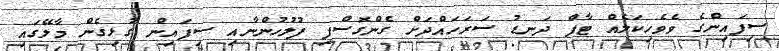
ސިފައިންގެ ވެވެހިކަލެއް ޓާފް ދަނޑު ސަރަހައްދަށް ގެންގޮސްފި ފުލުހުންނާއި ސިފައިން ގުޅިގެން މާލޭގައި